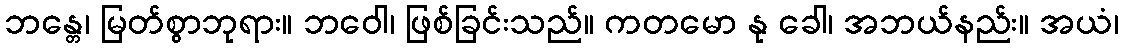
ဘန္တေ၊ မြတ်စွာဘုရား။ ဘဝေါ၊ ဖြစ်ခြင်းသည်။ ကတမော နု ခေါ၊ အဘယ်နည်း။ အယံ၊